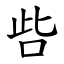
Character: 呰